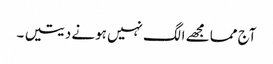
آج مما مجھے الگ نہیں ہونے دیتیں ۔